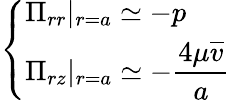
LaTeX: \left\{ \begin{array}{ll}{\displaystyle\Pi_{rr}|_{r=a}\simeq-p}\\ {\displaystyle\Pi_{rz}|_{r=a}\simeq-\frac{4\mu\overline{{v}}}{a}}\end{array}\right.